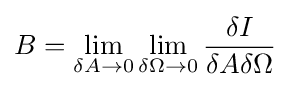
B=\lim _{\delta A\to 0}\lim _{\delta \Omega \to 0}{\frac {\delta I}{\delta A\delta \Omega }}